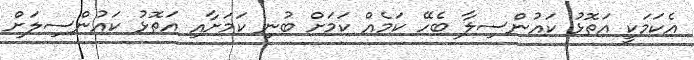
އެކަމަކީ އަތޮޅު ކައުންސިލާ ބެހޭ ކަމެއް ކަމަށް ބުނި ކަމަށާއި އަތޮޅު ކައުންސިލަށް